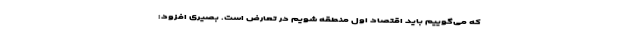
که می‌گوییم باید اقتصاد اول منطقه شویم در تعارض است. بصیری افزود: